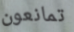
تمانعون